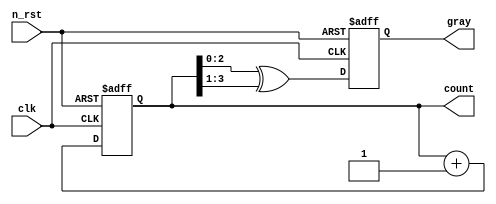
module gray(
  input  clk,
  input  n_rst,
  output reg [3:0] count,
  output reg [2:0] gray
);

  always @(posedge clk or negedge n_rst) begin
    if (!n_rst) begin
      count <= 4'b0000;
      gray <= 3'b000;
    end else begin
      count <= count + 1'b1;
      gray <= count ^ (count >> 1);
    end
  end

endmodule